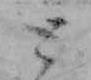
と